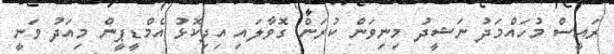
ރައީސް މުހައްމަދު ނަޝީދު މިނިވަން ކުރަން ގޮވާލައި އިދިކޮޅު އެމްޑީޕީން މިއަދު ވަނީ